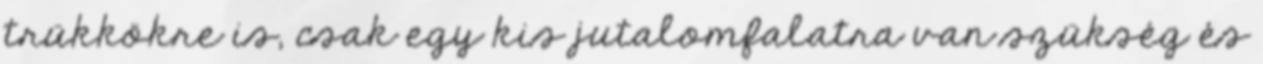
trükkökre is, csak egy kis jutalomfalatra van szükség és